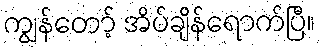
ကျွန်တော့် အိပ်ချိန်ရောက်ပြီ။